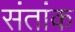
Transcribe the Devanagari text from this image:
संतांक